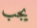
يجب